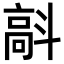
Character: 𩫄